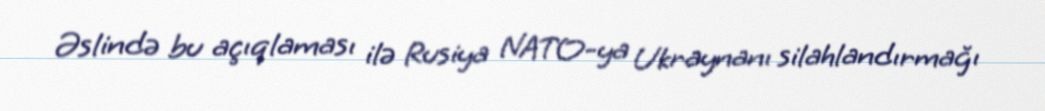
Əslində bu açıqlaması ilə Rusiya NATO-ya Ukraynanı silahlandırmağı